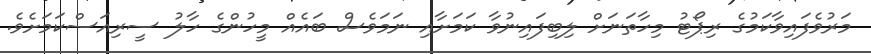
މަރުވެފައިވާކަމުގެ ރިޕޯޓު މިހާތަނަށް ލިބިފައިނުވާ ކަމަށާއި ނަމަވެސް ބައެއް މީހުންގެ ހާލު ސީރިއަސްކަމަށެވެ.